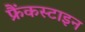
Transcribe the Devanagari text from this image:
फ्रैंकस्टाइन